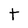
Character: t